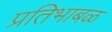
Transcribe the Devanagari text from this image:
प्रतिभाबळ